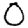
Digit: 0